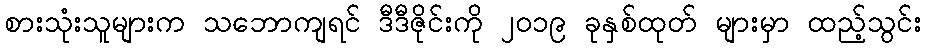
စားသုံးသူများက သဘောကျရင် ဒီဒီဇိုင်းကို ၂၀၁၉ ခုနှစ်ထုတ် များမှာ ထည့်သွင်း